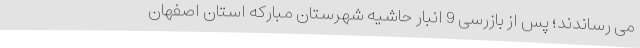
می رساندند؛ پس از بازرسی 9 انبار حاشیه شهرستان مبارکه استان اصفهان